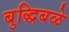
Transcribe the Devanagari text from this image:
बुद्धिबळे